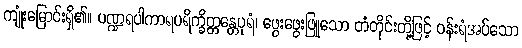
ကျုံးမြောင်းရှိ၏။ ပဏ္ဍရပါကာရပရိက္ခိတ္တန္တေပုရံ၊ ဖွေးဖွေးဖြူသော တံတိုင်းတို့ဖြင့် ဝန်းရံအပ်သော